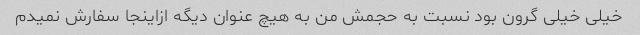
خیلی خیلی گرون بود نسبت به حجمش من به هیچ عنوان دیگه ازاینجا سفارش نمیدم